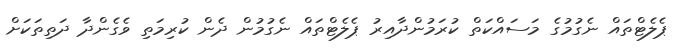
ޕެލެޓްތައް ނެގުމުގެ މަސައްކަތް ކުރަމުންދާއިރު ޕެލެޓްތައް ނެގުމުން ދެން ކުރިމަތި ވެގެންދާ ދަތިތަކަށް